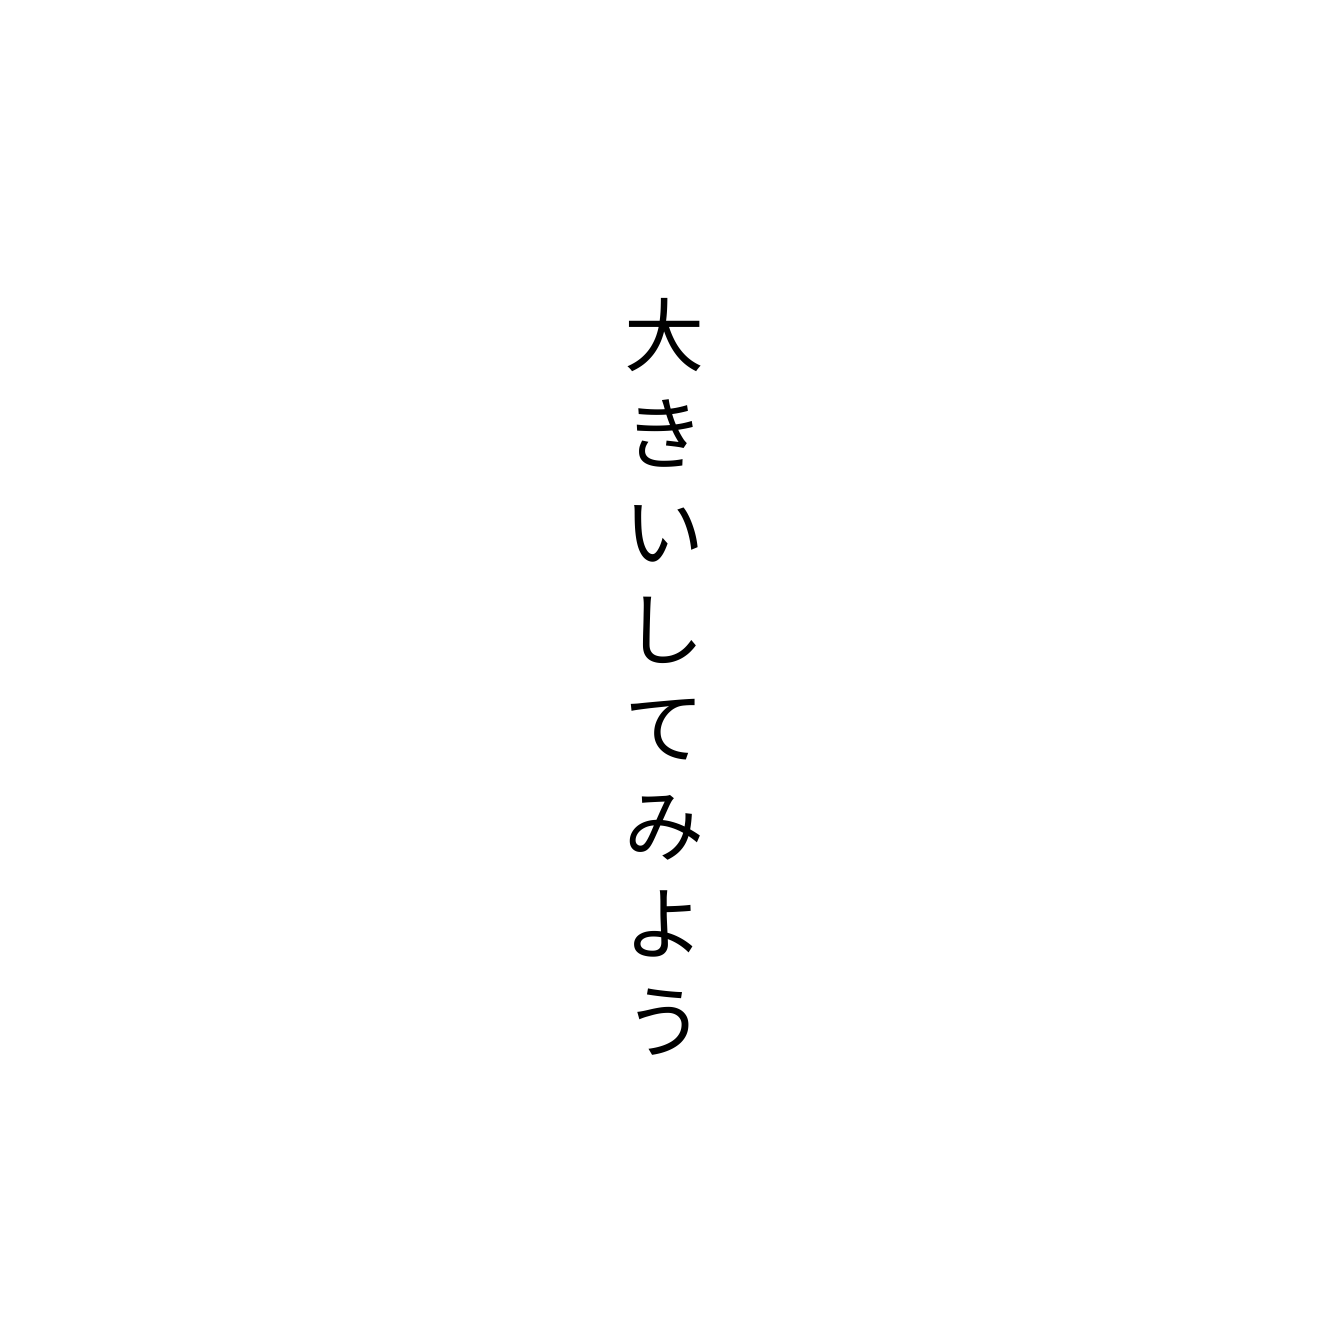
大きいしてみよう